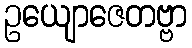
ဥယျောဇေတဗ္ဗာ